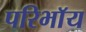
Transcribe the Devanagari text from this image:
परिभाॅय